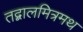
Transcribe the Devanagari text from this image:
तद्बालमित्रमथ